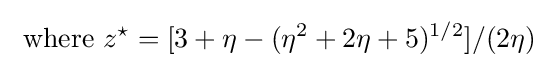
{\text{ where }}z^{\star }=[3+\eta -(\eta ^{2}+2\eta +5)^{1/2}]/(2\eta )